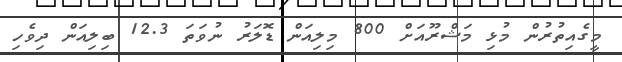
މީގެއިތުރުން މުޅި މަޝްރޫއަށް 800 މިލިއަން ޑޮލަރު ނުވަތަ 12.3 ބިލިއަން ދިވެހި